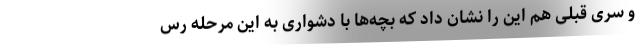
و سری قبلی هم این را نشان داد که بچه‌ها با دشواری به این مرحله رس